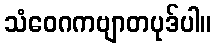
သံဝေဂကဗျာတပုဒ်ပါ။